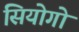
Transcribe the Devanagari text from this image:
सियोगो